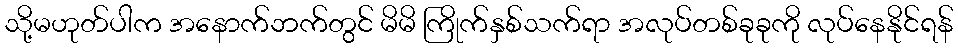
သို့မဟုတ်ပါက အနောက်ဘက်တွင် မိမိ ကြိုက်နှစ်သက်ရာ အလုပ်တစ်ခုခုကို လုပ်နေနိုင်ရန်